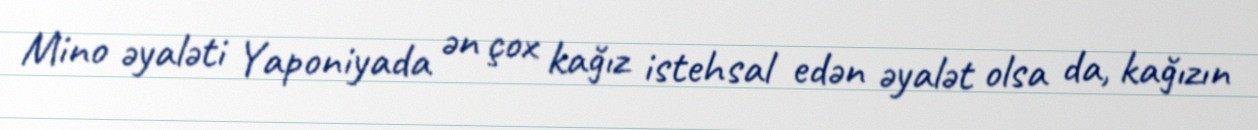
Mino əyaləti Yaponiyada ən çox kağız istehsal edən əyalət olsa da, kağızın